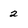
Character: 2